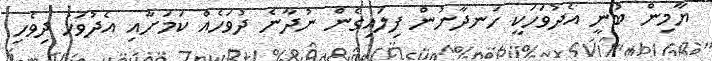
ޔާމިން ބުނީ އެދުވަހަކީ ހަނދާނުން ފިލައިގެން ނުދާނެ ދުވަހެއް ކަމަށާއި އެދުވަހު ދިވެހި